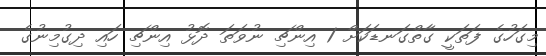
މިގަހުގެ ފަތަކީ ގާތްގަނޑަކަށް 1 އިންޗި ނުވަތަ ދޮޅު އިންޗި ހައި ދިގުމިނުގެ